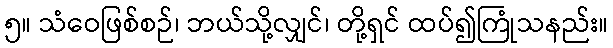
၅။ သံဝေဖြစ်စဉ်၊ ဘယ်သို့လျှင်၊ တို့ရှင် ထပ်၍ကြုံသနည်း။